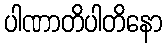
ပါဏာတိပါတိနော